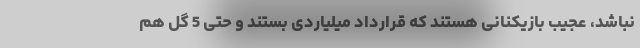
نباشد، عجیب بازیکنانی هستند که قرارداد میلیاردی بستند و حتی 5 گل هم